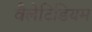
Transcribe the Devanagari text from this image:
वैलेटिडियम